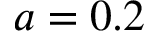
a = 0 . 2